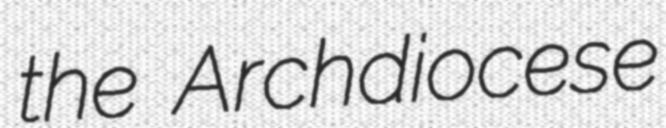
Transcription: the Archdiocese